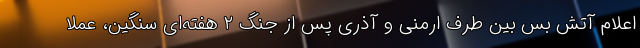
اعلام آتش بس بین طرف ارمنی و آذری پس از جنگ ۲ هفته‌ای سنگین، عملا